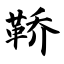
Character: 鞒